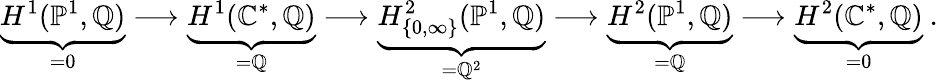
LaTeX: \underbrace{H^{1}(\mathbb{P}^{1},\mathbb{Q})}_{=0}\longrightarrow\underbrace{H^{1}(\mathbb{C}^{\ast},\mathbb{Q})}_{=\mathbb{Q}}\longrightarrow\underbrace{H_{\{ 0,\infty\} }^{2}(\mathbb{P}^{1},\mathbb{Q})}_{=\mathbb{Q}^{2}}\longrightarrow\underbrace{H^{2}(\mathbb{P}^{1},\mathbb{Q})}_{=\mathbb{Q}}\longrightarrow\underbrace{H^{2}(\mathbb{C}^{\ast},\mathbb{Q})}_{=0}\ .